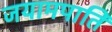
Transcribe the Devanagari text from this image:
जयामपाति